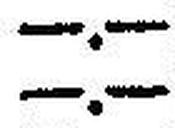
—.—